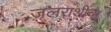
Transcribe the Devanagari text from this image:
जलराशींचा